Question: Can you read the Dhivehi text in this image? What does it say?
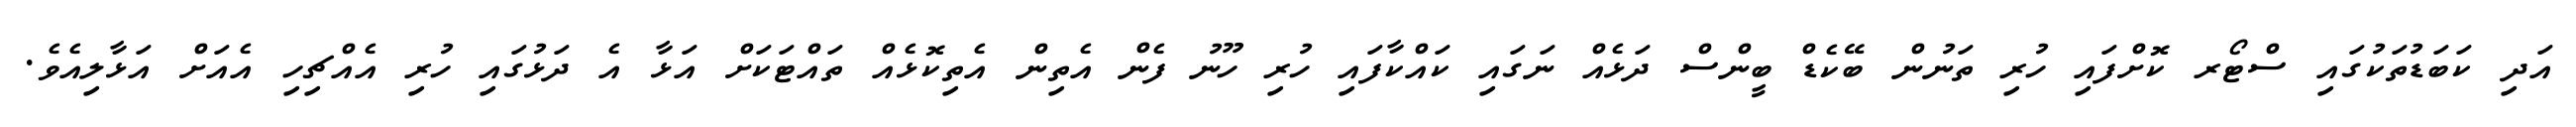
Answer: އަދި ކަބަޑުތަކުގައި ސްޓޯރ ކޮށްފައި ހުރި ތަނުން ބޭކެޑް ބީންސް ދަޅެއް ނަގައި ކައްކާފައި ހުރި ހޫނު ފެން އެތިން އެތިކޮޅެއް ތައްޓަކަށް އަޅާ އެ ދަޅުގައި ހުރި އެއްޗިހި އެއަށް އަޅާލިއެވެ.